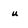
Character: u